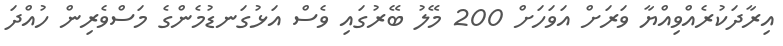
އިރާދަކުރެއްވިއްޔާ ވަރަށް އަވަހަށް 200 މޭލު ބޭރުގައި ވެސް އަޅުގަނޑުމެންގެ މަސްވެރިން ހުއްދަ